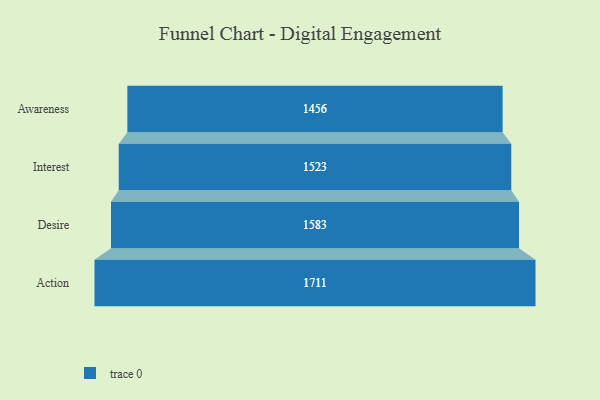
{"axis": {"x": "Stage", "y": "Value"}, "legend": [""], "data": [{"x": "Awareness", "y": 1456.0, "type": ""}, {"x": "Interest", "y": 1523.0, "type": ""}, {"x": "Desire", "y": 1583.0, "type": ""}, {"x": "Action", "y": 1711.0, "type": ""}]}